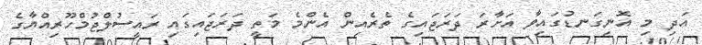
އަދި މި އޮނިގަނޑުގައިވާ އަށާރަ ދަރަޖައިގެ ތެރެއިން އެންމެ މަތީ ދަރަޖައިގައި ރައީސުލްޖުމްހޫރިއްޔާގެ